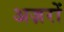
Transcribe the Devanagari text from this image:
अज़रों